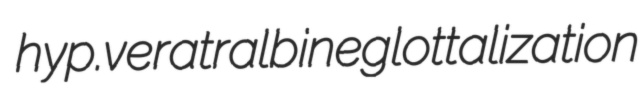
hyp. veratralbine glottalization